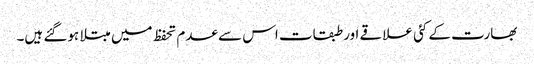
بھارت کے کئی علاقے اور طبقات اس سے عدم تحفظ میں مبتلا ہوگئے ہیں۔